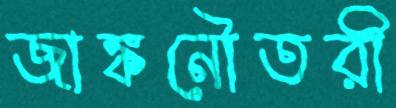
জাঙ্কনৌতরী